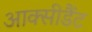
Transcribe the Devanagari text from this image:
आक्सीडैंट